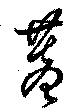
蓋